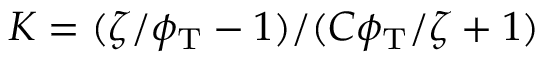
K = ( \zeta / \phi _ { \mathrm { T } } - 1 ) / ( C \phi _ { \mathrm { T } } / \zeta + 1 )